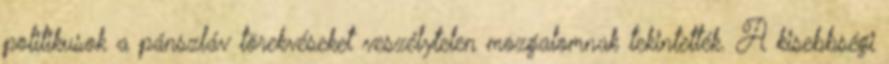
politikusok a pánszláv törekvéseket veszélytelen mozgalomnak tekintették. A kisebbségi